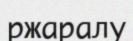
ржаралу